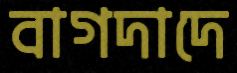
বাগদাদে